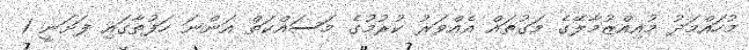
މުހައްމަދު މުއިއްޒުމާލޭގެ މަގުތައް އެއްވަރު ކުރުމުގެ މަސައްކަތް އަންނަ ހަފުތާގައި ފަށަނީ 1